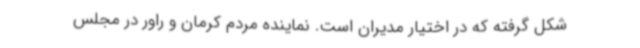
شکل گرفته که در اختیار مدیران است. نماینده مردم کرمان و راور در مجلس